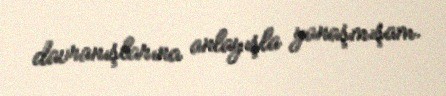
davranışlarına anlayışla yanaşmışam.